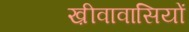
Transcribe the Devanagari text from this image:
ख़ीवावासियों